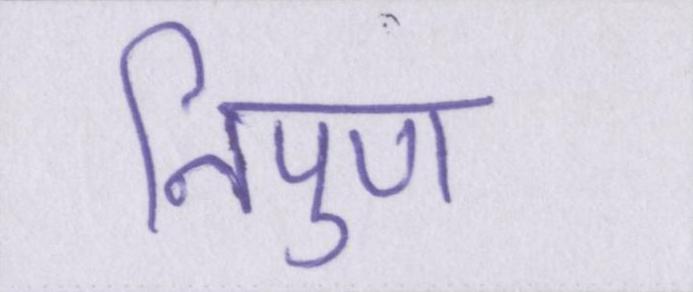
निपुण